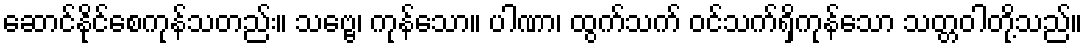
ဆောင်နိုင်စေကုန်သတည်း။ သဗ္ဗေ၊ ကုန်သော။ ပါဏာ၊ ထွက်သက် ဝင်သက်ရှိကုန်သော သတ္တဝါတို့သည်။